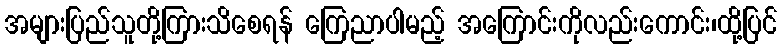
အများပြည်သူတို့ကြားသိစေရန် ကြေညာပါမည့် အကြောင်းကိုလည်းကောင်း၊ထို့ပြင်